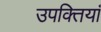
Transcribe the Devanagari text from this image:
उपक्तियां